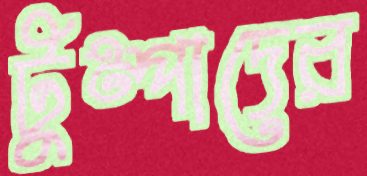
টুম্পাদের